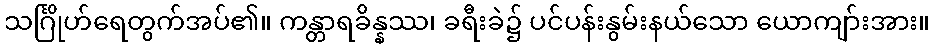
သင်္ဂြိုဟ်ရေတွက်အပ်၏။ ကန္တာရခိန္နဿ၊ ခရီးခဲ၌ ပင်ပန်းနွမ်းနယ်သော ယောကျာ်းအား။